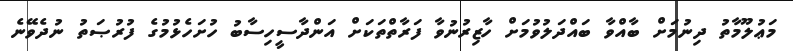
މަޢުލޫމާތު ދިނުމަށް ބާއްވާ ބައްދަލުވުމަށް ހާޒިރުނުވާ ފަރާތްތަކަށް އަންދާސީހިސާބު ހުށަހެޅުމުގެ ފުރުޞަތު ނުދެވޭނެ